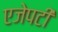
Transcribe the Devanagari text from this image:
एजेपटी